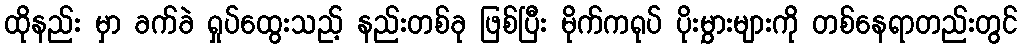
ထိုနည်း မှာ ခက်ခဲ ရှုပ်ထွေးသည့် နည်းတစ်ခု ဖြစ်ပြီး မိုက်ကရုပ် ပိုးမွှားများကို တစ်နေရာတည်းတွင်